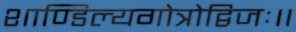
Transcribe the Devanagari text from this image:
शाण्डिल्यगोत्रोद्विजः॥